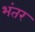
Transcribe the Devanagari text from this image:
भंतर